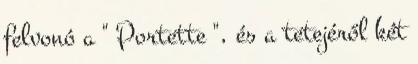
felvonó a " Portette ", és a tetejéről két